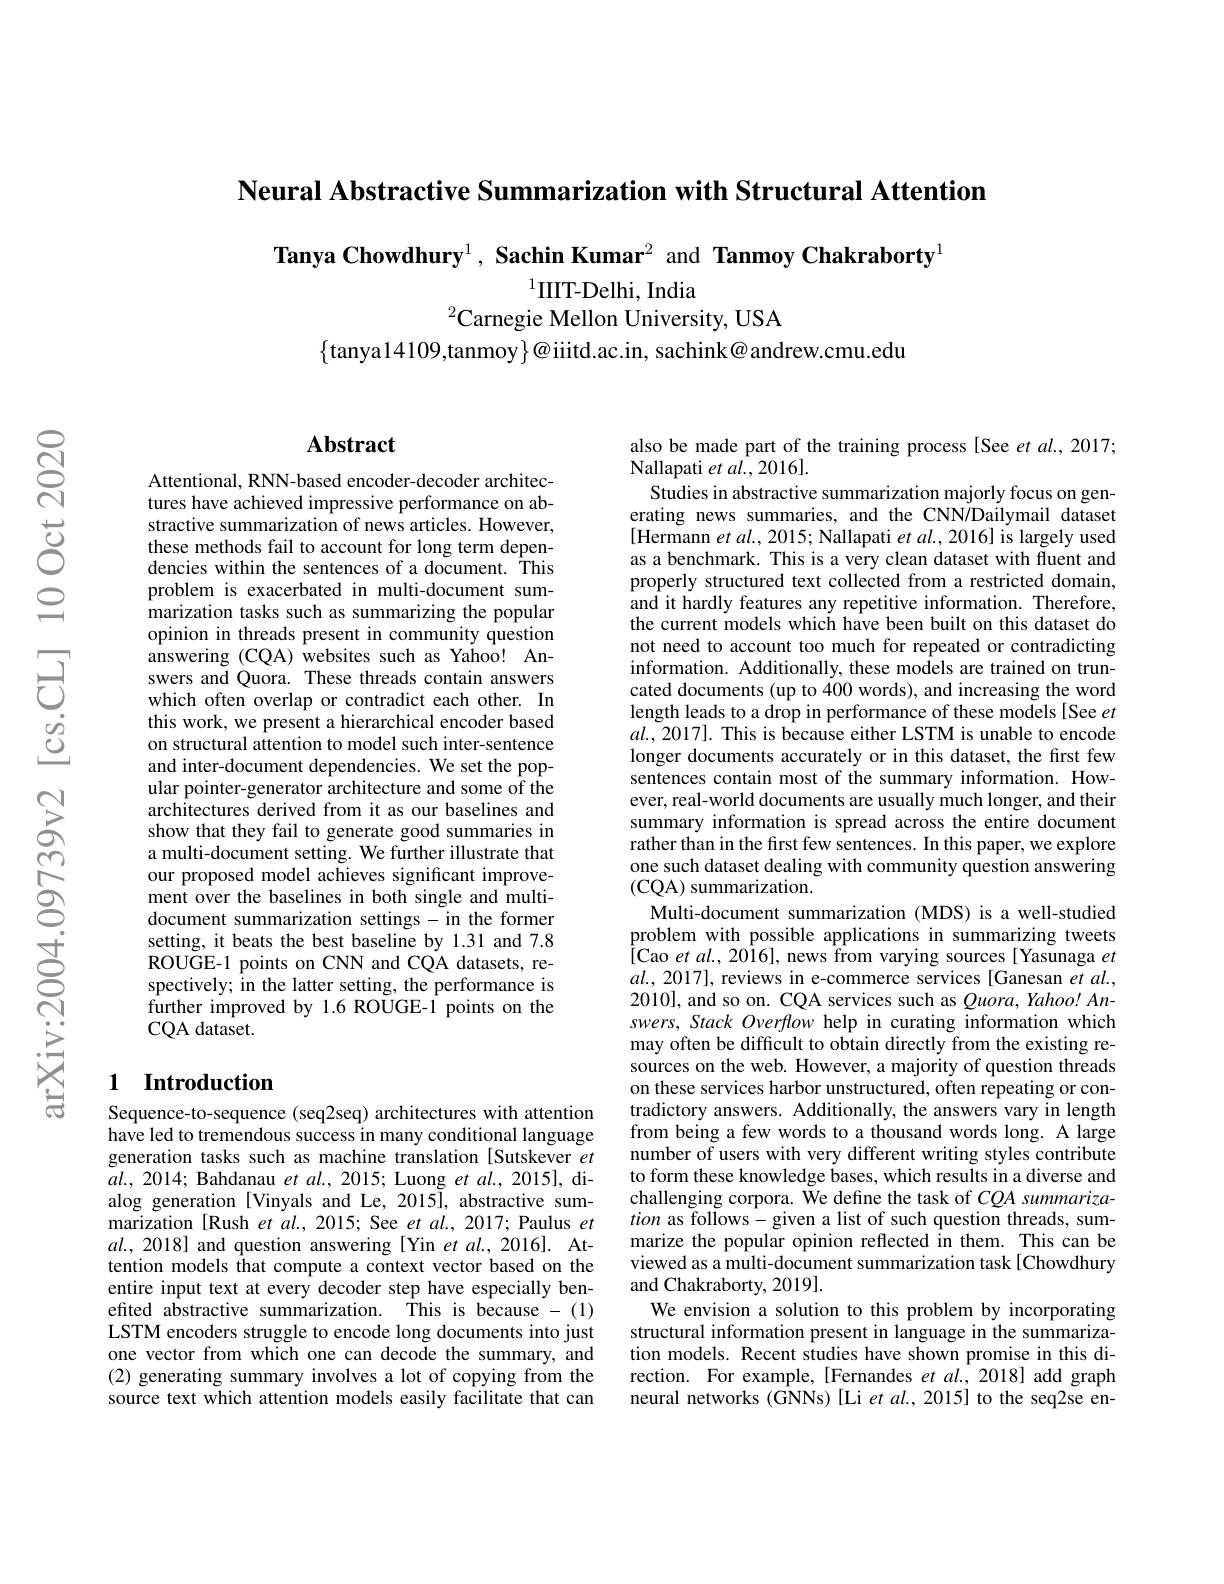
Neural Abstractive Summarization with Structural Attention

Tanya Chowdhury$^1,\textbf{Sachin Kumar}^2$ and Tanmoy Chakraborty$^{1}$

$^{1}$IIIT-Delhi, India
$^{2}$Carnegie Mellon University, USA

$\{$tanya14109,tanmoy$\}@$iiitd.ac.in, sachink@andrew.cmu.edu

## Abstract

Attentional, RNN-based encoder-decoder architectures have achieved impressive performance on abstractive summarization of news articles. However, these methods fail to account for long term dependencies within the sentences of a document. This problem is exacerbated in multi-document summarization tasks such as summarizing the popular opinion in threads present in community question answering (CQA) websites such as Yahoo! Answers and Quora. These threads contain answers which often overlap or contradict each other. In this work, we present a hierarchical encoder based on structural attention to model such inter-sentence and inter-document dependencies. We set the popular pointer-generator architecture and some of the architectures derived from it as our baselines and show that they fail to generate good summaries in a multi-document setting. We further illustrate that our proposed model achieves significant improvement over the baselines in both single and multidocument summarization settings-in the former setting, it beats the best baseline by 1.31 and 7.8 ROUGE-1 points on CNN and CQA datasets, respectively; in the latter setting, the performance is further improved by 1.6 ROUGE-1 points on the CQA dataset.

### 1 Introduction

Sequence-to-sequence (seq2seq) architectures with attention have led to tremendous success in many conditional language generation tasks such as machine translation [Sutskever et $\tilde{a}l.,2014;$ Bahdanau $etal.,2015;$ Luong $etal.,2015]$, dialog generation [Vinyals and Le, 2015], abstractive summarization [Rush et al., 2015; See et al., 2017; Paulus $et$ $al.$, 2018] and question answering [Yin et al., 2016]. Attention models that compute a context vector based on the entire input text at every decoder step have especially benefited abstractive summarization. This is because - (1) LSTM encoders struggle to encode long documents into just one vector from which one can decode the summary, and (2) generating summary involves a lot of copying from the source text which attention models easily facilitate that can

also be made part of the training process [See et al., 2017;
Nallapati et al., 2016].
Studies in abstractive summarization majorly focus on generating news summaries, and the CNN/Dailymail dataset [Hermann et al., 2015; Nallapati et al., 2016] is largely used as a benchmark. This is a very clean dataset with fluent and properly structured text collected from a restricted domain, and it hardly features any repetitive information. Therefore, the current models which have been built on this dataset do not need to account too much for repeated or contradicting information. Additionally, these models are trained on truncated documents (up to 400 words), and increasing the word length leads to a drop in performance of these models [See et $al.,2017].$ This is because either LSTM is unable to encode longer documents accurately or in this dataset, the frst few sentences contain most of the summary information. However, real-world documents are usually much longer, and their summary information is spread across the entire document rather than in the first few sentences. In this paper, we explore one such dataset dealing with community question answering (CQA) summarization.
Multi-document summarization (MDS) is a well-studied problem with possible applications in summarizing tweets [Cao et al., 2016], news from varying sources[Yasunaga $et$ $al.,2017]$, reviews in e-commerce services [Ganesan et al., 2010], and so on. CQA services such as $\varrho uora,Yahoo!An-$ swers, Stack Overflow help in curating information which may often be difficult to obtain directly from the existing resources on the web. However, a majority of question threads on these services harbor unstructured, often repeating or contradictory answers. Additionally, the answers vary in length from being a few words to a thousand words long. A large number of users with very different writing styles contribute to form these knowledge bases, which results in a diverse and challenging corpora. We define the task of $CQA$ summarization as follows- given a list of such question threads, summarize the popular opinion reflected in them. This can be viewed as a multi-document summarization task[Chowdhury and Chakraborty, 2019].
We envision a solution to this problem by incorporating structural information present in language in the summarization models. Recent studies have shown promise in this direction. For example, [Fernandes et al., 2018] add graph neural networks (GNNs)[Li et al., 2015] to the seq2se en-